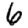
Digit: 6